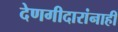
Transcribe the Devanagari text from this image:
देणगीदारांनाही